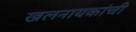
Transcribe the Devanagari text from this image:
खलनायकांची